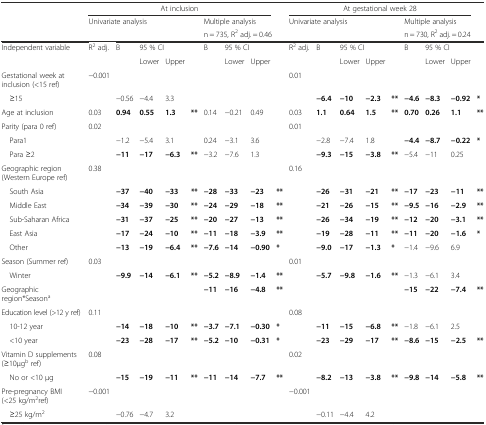
<table><thead><tr><td></td><td colspan="8"><b>At inclusion</b></td><td></td><td colspan="8"><b>At gestational week 28</b></td><td></td></tr><tr><td></td><td colspan="4"><b>Univariate analysis</b></td><td></td><td colspan="4"><b>Multiple analysis</b></td><td colspan="4"><b>Univariate analysis</b></td><td></td><td colspan="3"><b>Multiple analysis</b></td><td></td></tr><tr><td></td><td></td><td></td><td></td><td></td><td></td><td colspan="4"><b>n = 735, R<sup>2</sup> adj. = 0.46</b></td><td></td><td></td><td></td><td></td><td></td><td colspan="3"><b>n = 730, R<sup>2</sup> adj. = 0.24</b></td><td></td></tr></thead><tbody><tr><td>Independent variable</td><td>R<sup>2</sup> adj.</td><td>B</td><td colspan="2">95 % CI</td><td></td><td>B</td><td colspan="2">95 % CI</td><td></td><td>R<sup>2</sup> adj.</td><td>B</td><td colspan="2">95 % CI</td><td></td><td>B</td><td colspan="2">95 % CI</td><td></td></tr><tr><td></td><td></td><td></td><td>Lower</td><td>Upper</td><td></td><td></td><td>Lower</td><td>Upper</td><td></td><td></td><td></td><td>Lower</td><td>Upper</td><td></td><td></td><td>Lower</td><td>Upper</td><td></td></tr><tr><td>Gestational week at inclusion (&lt;15 ref)</td><td>−0.001</td><td></td><td></td><td></td><td></td><td></td><td></td><td></td><td></td><td>0.01</td><td></td><td></td><td></td><td></td><td></td><td></td><td></td><td></td></tr><tr><td>ᅟ≥15</td><td></td><td>−0.56</td><td>−4.4</td><td>3.3</td><td></td><td></td><td></td><td></td><td></td><td></td><td><b>−6.4</b></td><td><b>−10</b></td><td><b>−2.3</b></td><td><b>**</b></td><td><b>−4.6</b></td><td><b>−8.3</b></td><td><b>−0.92</b></td><td><b>*</b></td></tr><tr><td>Age at inclusion</td><td>0.03</td><td><b>0.94</b></td><td><b>0.55</b></td><td><b>1.3</b></td><td><b>**</b></td><td>0.14</td><td>−0.21</td><td>0.49</td><td></td><td>0.03</td><td><b>1.1</b></td><td><b>0.64</b></td><td><b>1.5</b></td><td><b>**</b></td><td><b>0.70</b></td><td><b>0.26</b></td><td><b>1.1</b></td><td><b>**</b></td></tr><tr><td>Parity (para 0 ref)</td><td>0.02</td><td></td><td></td><td></td><td></td><td></td><td></td><td></td><td></td><td>0.01</td><td></td><td></td><td></td><td></td><td></td><td></td><td></td><td></td></tr><tr><td>ᅟPara1</td><td></td><td>−1.2</td><td>−5.4</td><td>3.1</td><td></td><td>0.24</td><td>−3.1</td><td>3.6</td><td></td><td></td><td>−2.8</td><td>−7.4</td><td>1.8</td><td></td><td><b>−4.4</b></td><td><b>−8.7</b></td><td><b>−0.22</b></td><td><b>*</b></td></tr><tr><td>ᅟPara ≥2</td><td></td><td><b>−11</b></td><td><b>−17</b></td><td><b>−6.3</b></td><td><b>**</b></td><td>−3.2</td><td>−7.6</td><td>1.3</td><td></td><td></td><td><b>−9.3</b></td><td><b>−15</b></td><td><b>−3.8</b></td><td><b>**</b></td><td>−5.4</td><td>−11</td><td>0.25</td><td></td></tr><tr><td>Geographic region (Western Europe ref)</td><td>0.38</td><td></td><td></td><td></td><td></td><td></td><td></td><td></td><td></td><td>0.16</td><td></td><td></td><td></td><td></td><td></td><td></td><td></td><td></td></tr><tr><td>ᅟSouth Asia</td><td></td><td><b>−37</b></td><td><b>−40</b></td><td><b>−33</b></td><td><b>**</b></td><td><b>−28</b></td><td><b>−33</b></td><td><b>−23</b></td><td><b>**</b></td><td></td><td><b>−26</b></td><td><b>−31</b></td><td><b>−21</b></td><td><b>**</b></td><td><b>−17</b></td><td><b>−23</b></td><td><b>−11</b></td><td><b>**</b></td></tr><tr><td>ᅟMiddle East</td><td></td><td><b>−34</b></td><td><b>−39</b></td><td><b>−30</b></td><td><b>**</b></td><td><b>−24</b></td><td><b>−29</b></td><td><b>−18</b></td><td><b>**</b></td><td></td><td><b>−21</b></td><td><b>−26</b></td><td><b>−15</b></td><td><b>**</b></td><td><b>−9.5</b></td><td><b>−16</b></td><td><b>−2.9</b></td><td><b>**</b></td></tr><tr><td>ᅟSub-Saharan Africa</td><td></td><td><b>−31</b></td><td><b>−37</b></td><td><b>−25</b></td><td><b>**</b></td><td><b>−20</b></td><td><b>−27</b></td><td><b>−13</b></td><td><b>**</b></td><td></td><td><b>−26</b></td><td><b>−34</b></td><td><b>−19</b></td><td><b>**</b></td><td><b>−12</b></td><td><b>−20</b></td><td><b>−3.1</b></td><td><b>**</b></td></tr><tr><td>ᅟEast Asia</td><td></td><td><b>−17</b></td><td><b>−24</b></td><td><b>−10</b></td><td><b>**</b></td><td><b>−11</b></td><td><b>−18</b></td><td><b>−3.9</b></td><td><b>**</b></td><td></td><td><b>−19</b></td><td><b>−28</b></td><td><b>−11</b></td><td><b>**</b></td><td><b>−11</b></td><td><b>−20</b></td><td><b>−1.6</b></td><td><b>*</b></td></tr><tr><td>ᅟOther</td><td></td><td><b>−13</b></td><td><b>−19</b></td><td><b>−6.4</b></td><td><b>**</b></td><td><b>−7.6</b></td><td><b>−14</b></td><td><b>−0.90</b></td><td><b>*</b></td><td></td><td><b>−9.0</b></td><td><b>−17</b></td><td><b>−1.3</b></td><td><b>*</b></td><td>−1.4</td><td>−9.6</td><td>6.9</td><td></td></tr><tr><td>Season (Summer ref)</td><td>0.03</td><td></td><td></td><td></td><td></td><td></td><td></td><td></td><td></td><td>0.01</td><td></td><td></td><td></td><td></td><td></td><td></td><td></td><td></td></tr><tr><td>ᅟWinter</td><td></td><td><b>−9.9</b></td><td><b>−14</b></td><td><b>−6.1</b></td><td><b>**</b></td><td><b>−5.2</b></td><td><b>−8.9</b></td><td><b>−1.4</b></td><td><b>**</b></td><td></td><td><b>−5.7</b></td><td><b>−9.8</b></td><td><b>−1.6</b></td><td><b>**</b></td><td>−1.3</td><td>−6.1</td><td>3.4</td><td></td></tr><tr><td>Geographic region*Season<sup>a</sup></td><td></td><td></td><td></td><td></td><td></td><td><b>−11</b></td><td><b>−16</b></td><td><b>−4.8</b></td><td><b>**</b></td><td></td><td></td><td></td><td></td><td></td><td><b>−15</b></td><td><b>−22</b></td><td><b>−7.4</b></td><td><b>**</b></td></tr><tr><td>Education level (&gt;12 y ref)</td><td>0.11</td><td></td><td></td><td></td><td></td><td></td><td></td><td></td><td></td><td>0.08</td><td></td><td></td><td></td><td></td><td></td><td></td><td></td><td></td></tr><tr><td>ᅟ10-12 year</td><td></td><td><b>−14</b></td><td><b>−18</b></td><td><b>−10</b></td><td><b>**</b></td><td><b>−3.7</b></td><td><b>−7.1</b></td><td><b>−0.30</b></td><td><b>*</b></td><td></td><td><b>−11</b></td><td><b>−15</b></td><td><b>−6.8</b></td><td><b>**</b></td><td>−1.8</td><td>−6.1</td><td>2.5</td><td></td></tr><tr><td>ᅟ&lt;10 year</td><td></td><td><b>−23</b></td><td><b>−28</b></td><td><b>−17</b></td><td><b>**</b></td><td><b>−5.2</b></td><td><b>−10</b></td><td><b>−0.31</b></td><td><b>*</b></td><td></td><td><b>−23</b></td><td><b>−29</b></td><td><b>−17</b></td><td><b>**</b></td><td><b>−8.6</b></td><td><b>−15</b></td><td><b>−2.5</b></td><td><b>**</b></td></tr><tr><td>Vitamin D supplements (≥10μg<sup>b</sup> ref)</td><td>0.08</td><td></td><td></td><td></td><td></td><td></td><td></td><td></td><td></td><td>0.02</td><td></td><td></td><td></td><td></td><td></td><td></td><td></td><td></td></tr><tr><td>ᅟNo or &lt;10 μg</td><td></td><td><b>−15</b></td><td><b>−19</b></td><td><b>−11</b></td><td><b>**</b></td><td><b>−11</b></td><td><b>−14</b></td><td><b>−7.7</b></td><td><b>**</b></td><td></td><td><b>−8.2</b></td><td><b>−13</b></td><td><b>−3.8</b></td><td><b>**</b></td><td><b>−9.8</b></td><td><b>−14</b></td><td><b>−5.8</b></td><td><b>**</b></td></tr><tr><td>Pre-pregnancy BMI (&lt;25 kg/m<sup>2</sup>ref)</td><td>−0.001</td><td></td><td></td><td></td><td></td><td></td><td></td><td></td><td></td><td>−0.001</td><td></td><td></td><td></td><td></td><td></td><td></td><td></td><td></td></tr><tr><td>ᅟ≥25 kg/m<sup>2</sup></td><td></td><td>−0.76</td><td>−4.7</td><td>3.2</td><td></td><td></td><td></td><td></td><td></td><td></td><td>−0.11</td><td>−4.4</td><td>4.2</td><td></td><td></td><td></td><td></td><td></td></tr></tbody></table>